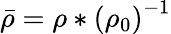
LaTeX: \bar{\rho}={\rho}*\left({\rho_{0}}\right)^{-1}